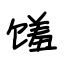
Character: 馐